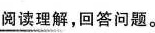
阅读理解，回答问题。